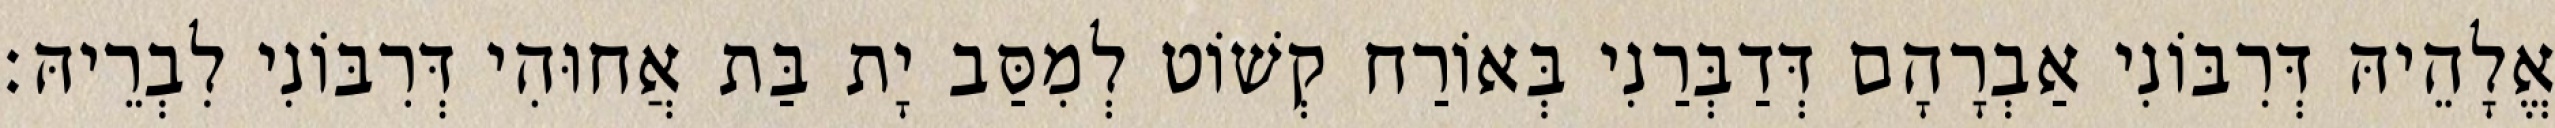
אֱלָהֵיהּ דְּרִבּוֹנִי אַבְרָהָם דְּדַבְּרַנִי בְּאוֹרַח קְשׁוֹט לְמִסַּב יָת בַּת אֲחוּהִי דְּרִבּוֹנִי לִבְרֵיהּ׃